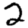
Digit: 2